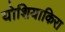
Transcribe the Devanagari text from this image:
योशियाकिरा